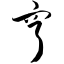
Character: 亨